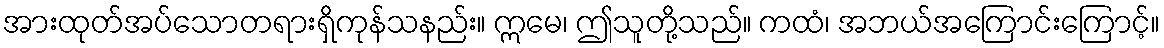
အားထုတ်အပ်သောတရားရှိကုန်သနည်း။ ဣမေ၊ ဤသူတို့သည်။ ကထံ၊ အဘယ်အကြောင်းကြောင့်။